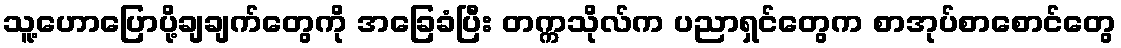
သူ့ဟောပြောပို့ချချက်တွေကို အခြေခံပြီး တက္ကသိုလ်က ပညာရှင်တွေက စာအုပ်စာစောင်တွေ